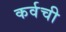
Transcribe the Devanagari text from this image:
कर्वची